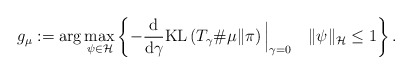
\begin{align*} g_\mu := \arg\max_{\psi \in \mathcal{H}}\left\{- \frac{\mathrm{d}}{\mathrm{d} \gamma} \mathrm{KL}\left(T_{\gamma}{\#} \mu \| \pi \right)\Big|_{\gamma=0} \quad\|\psi\|_{\mathcal{H}} \leq 1\right\} . \end{align*}